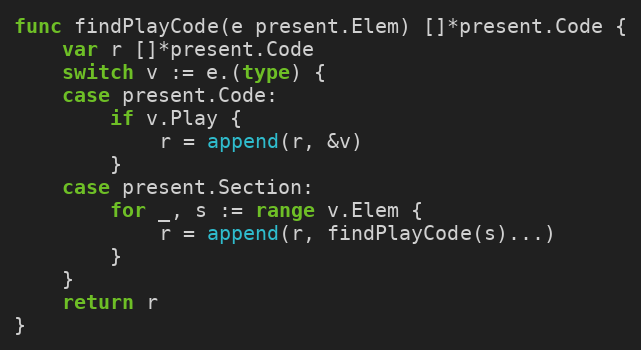
Language: Go
func findPlayCode(e present.Elem) []*present.Code {
	var r []*present.Code
	switch v := e.(type) {
	case present.Code:
		if v.Play {
			r = append(r, &v)
		}
	case present.Section:
		for _, s := range v.Elem {
			r = append(r, findPlayCode(s)...)
		}
	}
	return r
}